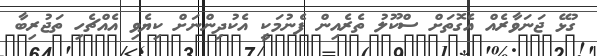
ގުޅޭ ޖަނަވާރެއް އެގޮތަށް ސްކޫލު ތެރެެއިން ފެނުމަކީ އެކުދިންނަށް ކިޔެވި އެއްޗެހި ތަޖުރިބާ